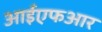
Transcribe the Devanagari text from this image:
आईएफआर